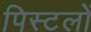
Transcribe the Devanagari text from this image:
पिस्टलों